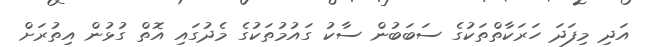
އަދި މިފަދަ ހަރަކާތްތަކުގެ ސަބަބުން ސާކު ގައުމުތަކުގެ މެދުގައި އޮތް ގުޅުން އިތުރަށް